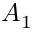
A _ { 1 }